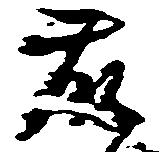
藤